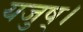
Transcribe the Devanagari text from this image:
यजुष्।